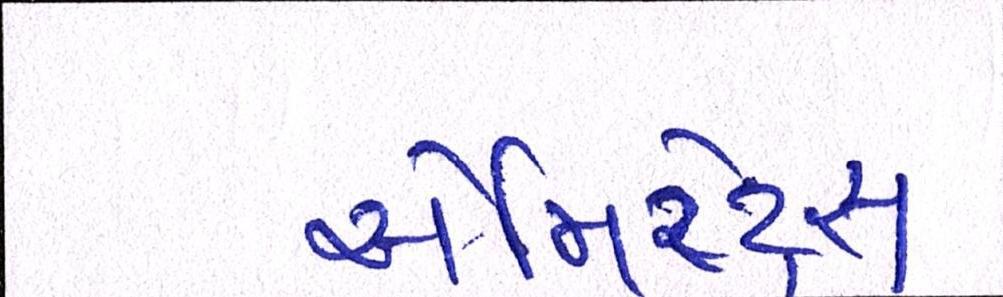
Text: એમિરેટ્સ